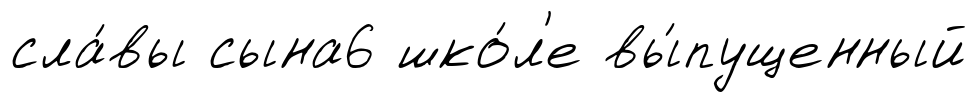
сла́вы сына6 шко́л'е вы́пущенный